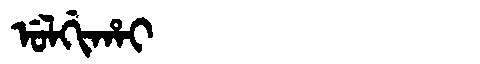
Manchu: ᡠᠯᡤᡳᡥᠠᡳ
Romanization: ULGIHAI